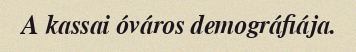
A kassai óváros demográfiája.